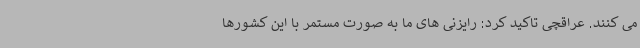
می کنند. عراقچی تاکید کرد: رایزنی های ما به صورت مستمر با این کشورها